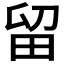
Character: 留